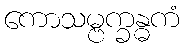
ကောသမ္ဗက္ခန္ဓကံ